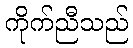
ကိုက်ညီသည်